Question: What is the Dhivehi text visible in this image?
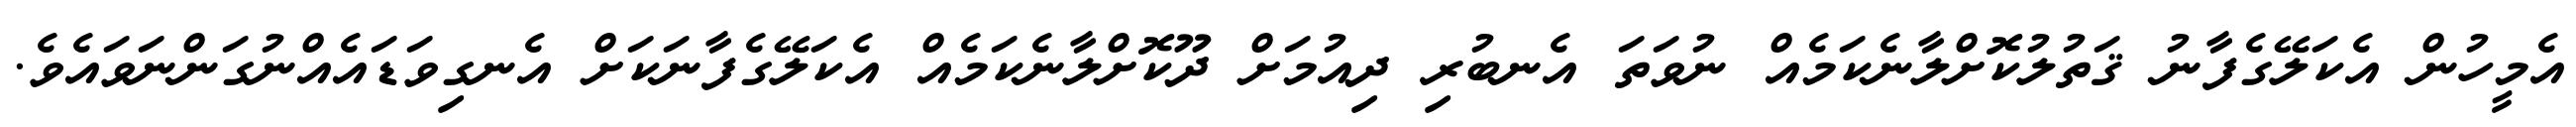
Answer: އެމީހުން އެކަލޭގެފާނު ޤަތުލުކޮށްލާނެކަމެއް ނުވަތަ އެނބުރި ދިއުމަށް ދޫކޮށްލާނެކަމެއް އެކަލޭގެފާނަކަށް އެނގިވަޑައެއްނުގަންނަވައެވެ.